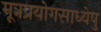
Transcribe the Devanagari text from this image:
मूत्रप्रयोगसाध्येषु